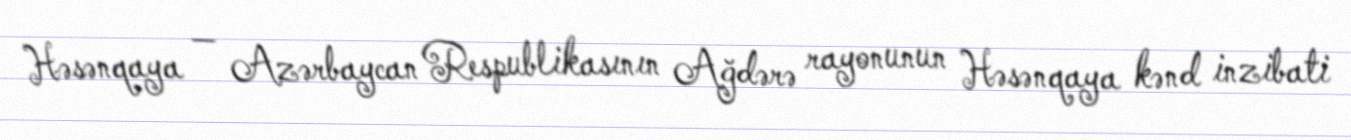
Həsənqaya — Azərbaycan Respublikasının Ağdərə rayonunun Həsənqaya kənd inzibati